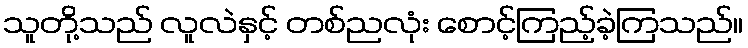
သူတို့သည် လူလဲနှင့် တစ်ညလုံး စောင့်ကြည့်ခဲ့ကြသည်။